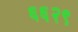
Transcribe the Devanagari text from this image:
६६२९